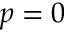
p = 0